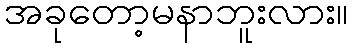
အခုတော့မနာဘူးလား။